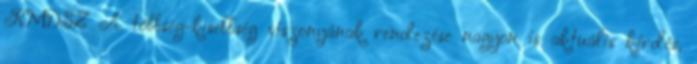
RMDSZ A többség-kisebbség viszonyának rendezése nagyon is aktuális kérdés,